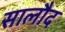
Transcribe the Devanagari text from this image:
सालौद